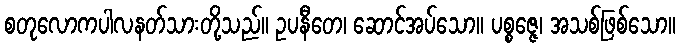
စတုလောကပါလနတ်သားတို့သည်။ ဥပနီတေ၊ ဆောင်အပ်သော။ ပစ္စဇ္ဇေ၊ အသစ်ဖြစ်သော။